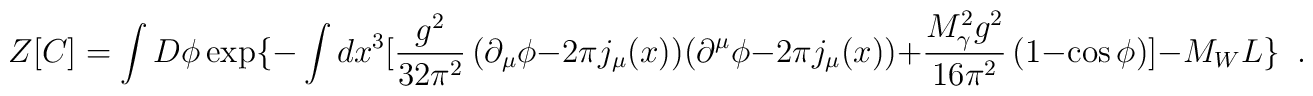
Z[C]=\int D\phi\exp\{-\int dx^3 [\frac{g^2}{32 \pi^2} \, (\partial_\mu \phi-2\pi j_\mu(x)) (\partial^\mu \phi-2\pi j_\mu(x)) +         \frac{M^2_\gamma g^2}{16 \pi^2} \, (1-\cos \phi)] -M_WL\}\,\,\, .